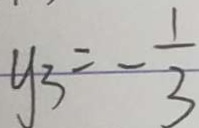
y _ { 3 } = - \frac { 1 } { 3 }